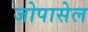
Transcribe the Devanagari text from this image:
जोपासेल